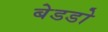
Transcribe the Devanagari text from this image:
बेडडो